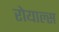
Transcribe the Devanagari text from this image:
रोयाल्स